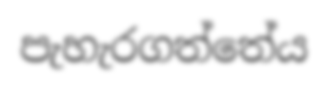
පැහැරගත්තේය